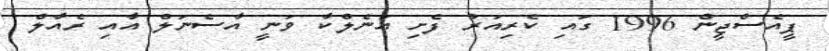
ޕީއެސްޖީން 1996 ގައި ކެރިއަރު ފެށި އަނެލްކާ ވަނީ އާސެނަލް އާއި ރެއާލް